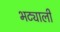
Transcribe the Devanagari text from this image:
भट्याली